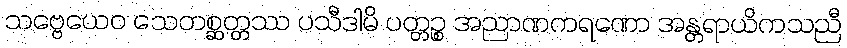
သဗ္ဗေယေဝ သေတစ္ဆတ္တဿ ပသီဒါမိ ပတ္တဉ္စ အညာဏကရဏော အန္တရာယိကသညီ